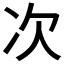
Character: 次